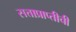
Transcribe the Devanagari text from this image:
सत्ताप्राप्तीची